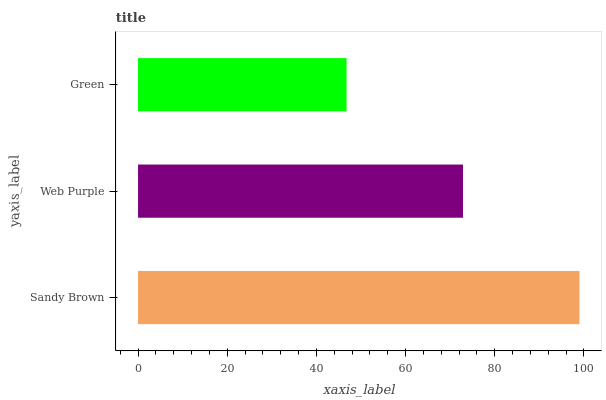
| yaxis_label | bars |
 | --- | --- |
 | Sandy Brown | 99 |
 | Web Purple | 72.9 |
 | Green | 46.8 |